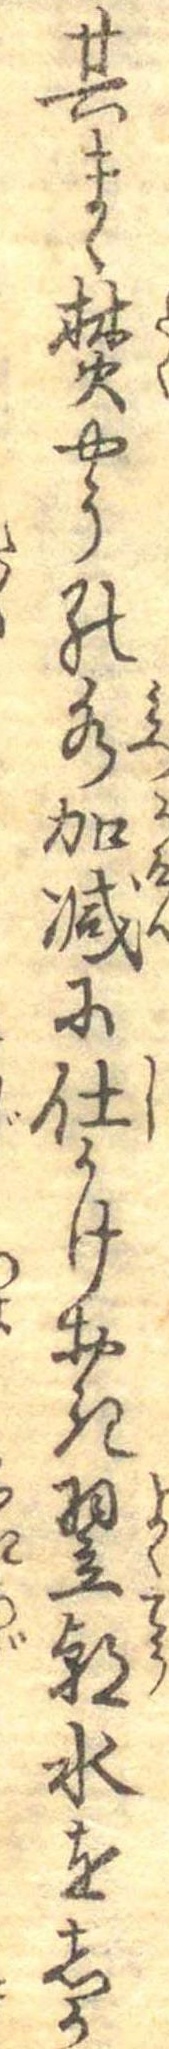
其まゝ焚やうの水加減に仕かけおき翌朝水をしか